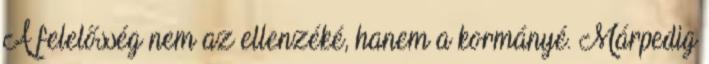
A felelősség nem az ellenzéké, hanem a kormányé. Márpedig